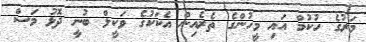
މަރުގެ ހުކުމް އައި މީހުންގެ ތެރެއިން އެކަކުގެ ވަކީލް ބުނީ ދޮޅު މަސް